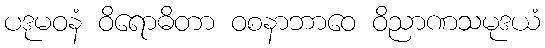
ပဒုမဝနံ ဝိရောဓိတာ ဝစနာဘာဝေ ဝိညာဏသမုဒယံ